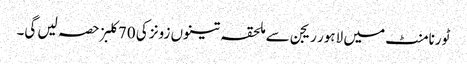
ٹورنامنٹ میں لاہور ریجن سے ملحقہ تینوں زونز کی 70کلبز حصہ لیں گی۔